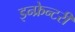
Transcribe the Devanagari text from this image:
इन्फ्रेन्टरी